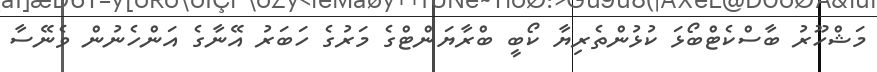
މަޝްހޫރު ބާސްކެޓްބޯޅަ ކުޅުންތެރިޔާ ކޯބީ ބްރާޔަންޓްގެ މަރުގެ ހަބަރު އޭނާގެ އަންހެނުން ވެނޭސާ